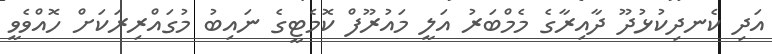
އަދި ކެނދިކުޅުދޫ ދާއިރާގެ މެމްބަރު އަލީ މައުރޫފް ކޮމެޓީގެ ނައިބު މުގައްރިރަކަށް ހޮއްވެވީ